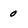
Character: 0